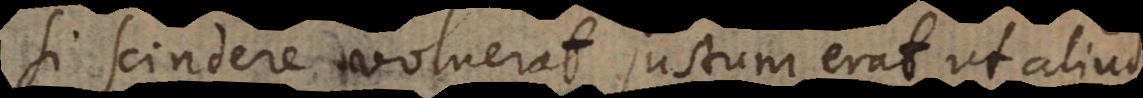
si scindere voluerat, justum erat ut aliud